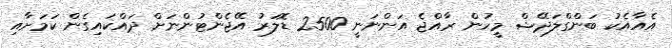
އެއާއެކު ބަންގްލަދޭޝް މީހުން ރާއްޖެ އަންނަނީ 2500 ޑޮލަރު އޭޖެންޓުންނަށް ދައްކައިގެން ކަމަށާއި